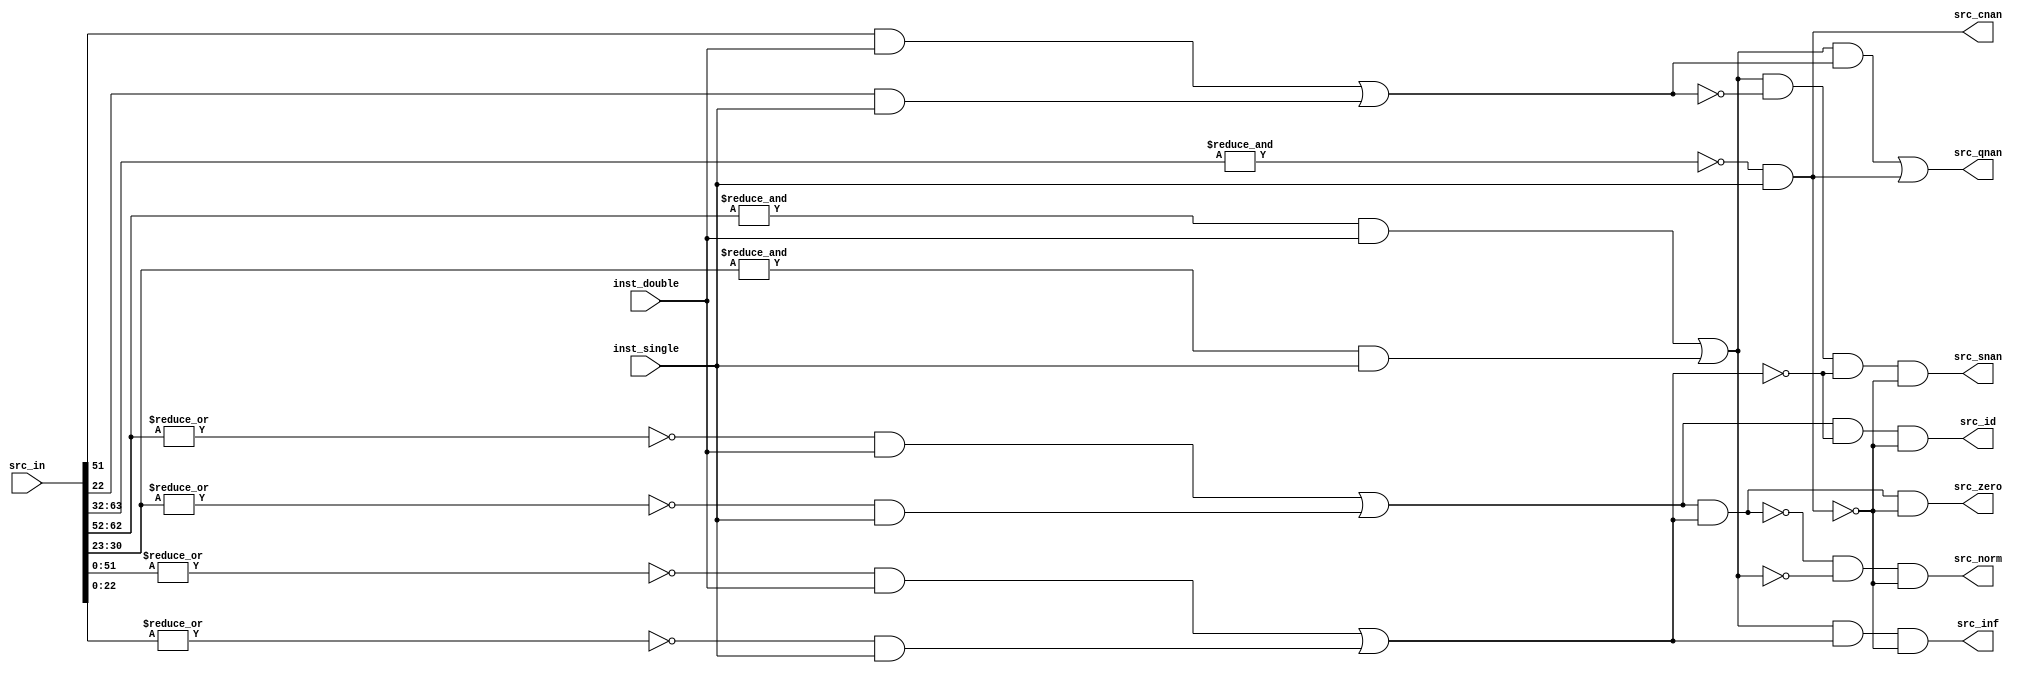
// This program was cloned from: https://github.com/T-head-Semi/opene906
// License: Apache License 2.0

/*Copyright 2020-2021 T-Head Semiconductor Co., Ltd.

Licensed under the Apache License, Version 2.0 (the "License");
you may not use this file except in compliance with the License.
You may obtain a copy of the License at

    http://www.apache.org/licenses/LICENSE-2.0

Unless required by applicable law or agreed to in writing, software
distributed under the License is distributed on an "AS IS" BASIS,
WITHOUT WARRANTIES OR CONDITIONS OF ANY KIND, either express or implied.
See the License for the specific language governing permissions and
limitations under the License.
*/

// &ModuleBeg; @24
module pa_fpu_src_type(
  inst_double,
  inst_single,
  src_cnan,
  src_id,
  src_in,
  src_inf,
  src_norm,
  src_qnan,
  src_snan,
  src_zero
);

// &Ports; @25
input           inst_double;  
input           inst_single;  
input   [63:0]  src_in;       
output          src_cnan;     
output          src_id;       
output          src_inf;      
output          src_norm;     
output          src_qnan;     
output          src_snan;     
output          src_zero;     

// &Regs; @26

// &Wires; @27
wire            inst_double;  
wire            inst_single;  
wire    [63:0]  src;          
wire            src_cnan;     
wire            src_expn_max; 
wire            src_expn_zero; 
wire            src_frac_msb; 
wire            src_frac_zero; 
wire            src_id;       
wire    [63:0]  src_in;       
wire            src_inf;      
wire            src_norm;     
wire            src_qnan;     
wire            src_snan;     
wire            src_zero;     


// &Depend("cpu_cfig.h"); @29
assign src[63:0] = src_in[63:0];

assign src_cnan  = !(&src[63:32]) && inst_single;

assign src_expn_zero = !(|src[62:52]) && inst_double ||
                       !(|src[30:23]) && inst_single;

assign src_expn_max  =  (&src[62:52]) && inst_double ||
                        (&src[30:23]) && inst_single;

assign src_frac_zero = !(|src[51:0]) && inst_double ||
                       !(|src[22:0]) && inst_single;

assign src_frac_msb  = src[51] && inst_double || src[22] && inst_single;

assign src_snan = src_expn_max  && !src_frac_msb && !src_frac_zero && !src_cnan;
assign src_qnan = src_expn_max  &&  src_frac_msb || src_cnan;
assign src_zero = src_expn_zero &&  src_frac_zero && !src_cnan;
assign src_id   = src_expn_zero && !src_frac_zero && !src_cnan;
assign src_inf  = src_expn_max  &&  src_frac_zero && !src_cnan;
assign src_norm =!(src_expn_zero && src_frac_zero) &&
                 ! src_expn_max  && !src_cnan;

// &Force("output","src_cnan"); @53

// &ModuleEnd; @55
endmodule